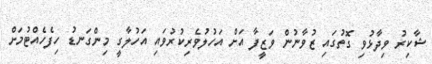
ޝާކިރު ވިދާޅުވި ގޮތުގައި ޒުވާނުން ވަޒީފާ އަށް އަހުލުވެރިކުރުވައި އަހުލާގީ މިންގަނޑު ހިފެހެއްޓުމަށް